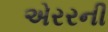
એરરની